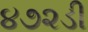
૪૭૨ડી